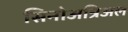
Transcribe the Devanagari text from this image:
सिनोअत्रिअल